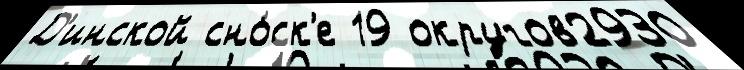
Д'инской сно́ск'е 19 округов2930